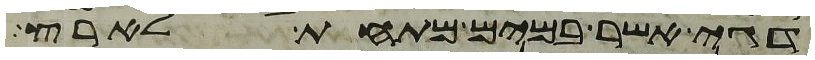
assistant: דגי אשר במים מתחת לארץ